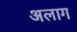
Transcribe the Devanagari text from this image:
अलाग